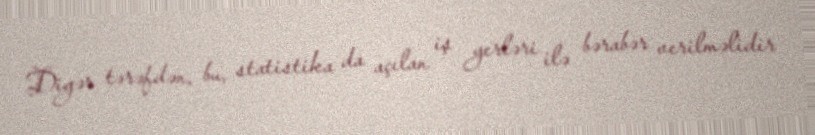
Digər tərəfdən, bu, statistika da açılan iş yerləri ilə bərabər verilməlidir